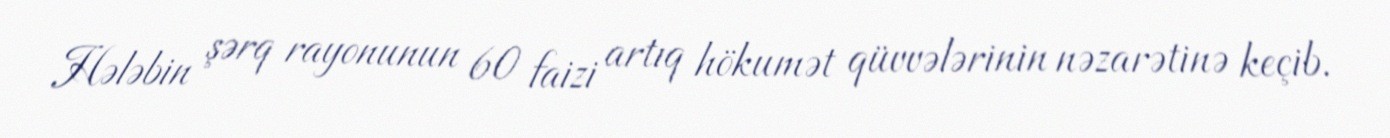
Hələbin şərq rayonunun 60 faizi artıq hökumət qüvvələrinin nəzarətinə keçib.